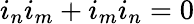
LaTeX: i_{n}i_{m}+i_{m}i_{n}=0